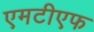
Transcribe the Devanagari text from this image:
एमटीएफ